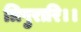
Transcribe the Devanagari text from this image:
त्रिपुरारि।।